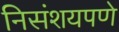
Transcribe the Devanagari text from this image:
निसंशयपणे